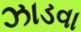
ઝાડવા